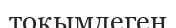
тоқымдеген